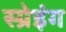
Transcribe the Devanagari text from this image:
स्प्रेइंग